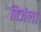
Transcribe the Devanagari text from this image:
बिजंला